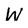
Character: W